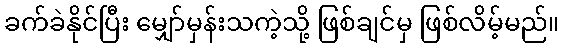
ခက်ခဲနိုင်ပြီး မျှော်မှန်းသကဲ့သို့ ဖြစ်ချင်မှ ဖြစ်လိမ့်မည်။